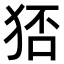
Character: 𤞜